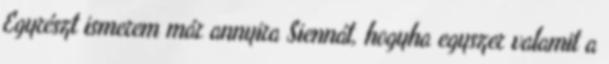
Egyrészt ismerem már annyira Siennát, hogyha egyszer valamit a